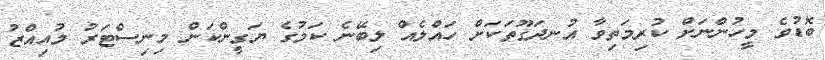
ބޮޑުވެ މީހުންނަށް ކުުރިމަތިވާ އުނދަގޫތަކަށް ހައްލެއް ލިބޭނެ ކަމުގެ ޔަގީންކަން މިނިސްޓަރު މުއިއްޒު